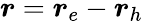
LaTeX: \boldsymbol{r}=\boldsymbol{r}_{e}-\boldsymbol{r}_{h}